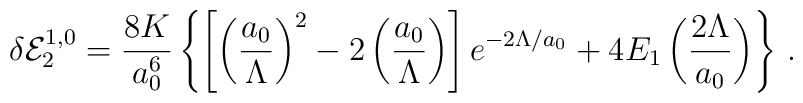
\delta {\cal E}_2^{1,0}=\frac{8K}{a_0^6}\left\{\left[\left(\frac{a_0}{\Lambda}\right)^2-2\left(\frac{a_0}{\Lambda}\right)\right]e^{-2\Lambda/a_0}+4E_1\left(\frac{2\Lambda}{a_0}\right)\right\}\,{.}